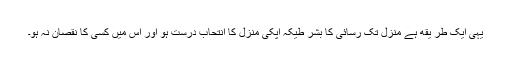
یہی ایک طر يقه ہے منزل تک رسائی کا بشر طیکہ اپکی منزل کا انتحاب درست ہو اور اس میں کسی کا نقصان نہ ہو۔